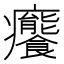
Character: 𤼛